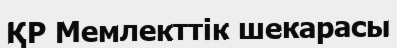
ҚР Мемлекттік шекарасы